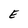
Character: E